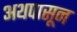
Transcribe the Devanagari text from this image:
अथपासून